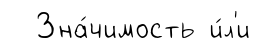
Зна́чимость и́л'и